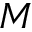
M